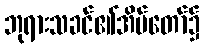
ဘုရားသခင်၏အိမ်တော်၌